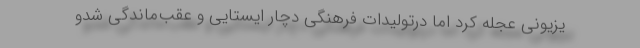
یزیونی عجله کرد اما درتولیدات فرهنگی دچار ایستایی و عقب‌ماندگی شدو